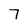
Character: 7